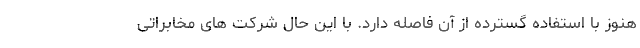
هنوز با استفاده گسترده از آن فاصله دارد. با این حال شرکت های مخابراتی